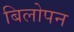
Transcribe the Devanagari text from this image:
बिलोपन